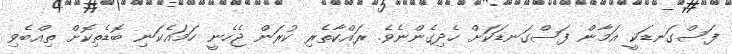
ފަސްގަނޑަކީ އަމާން ފަސްގަނޑަކަށް ހެދިގެންނެވެ. ރައްކާތެރި ކުރަން ޖެހެނީ ހަމައެކަނި ބޮޑެތިކޮށް ތިއްބެވި